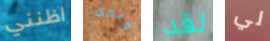
اظنني فلنرى لقد لي